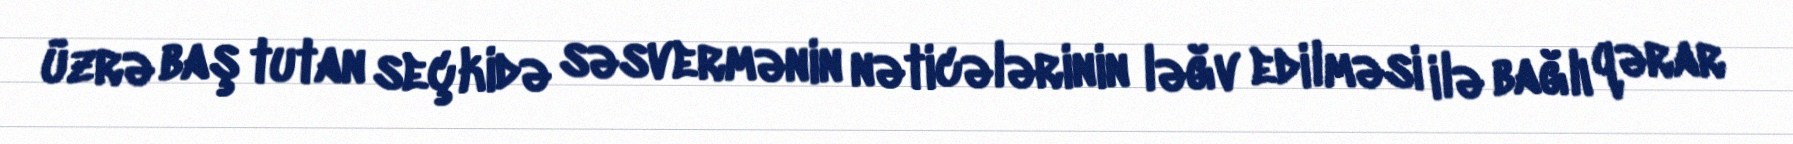
üzrə baş tutan seçkidə səsvermənin nəticələrinin ləğv edilməsi ilə bağlı qərar